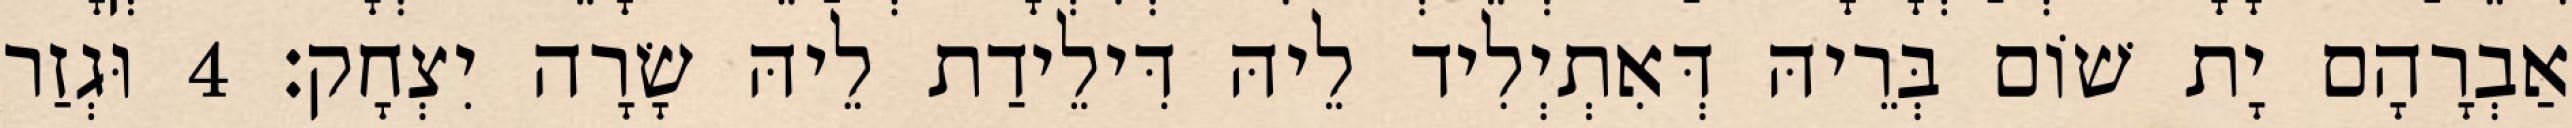
אַבְרָהָם יָת שׁוֹם בְּרֵיהּ דְּאִתְיְלִיד לֵיהּ דִּילֵידַת לֵיהּ שָׂרָה יִצְחָק׃ 4 וּגְזַר